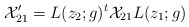
\begin{align*}{\cal X}^{\prime}_{21}=L(z_{2};g)^{t}{\cal X}_{21}L(z_{1};g)~~~~~\end{align*}